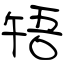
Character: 啎